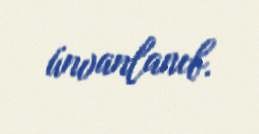
ünvanlanıb.